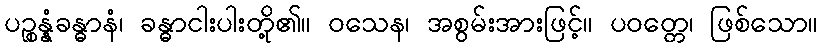
ပဉ္စန္နံခန္ဓာနံ၊ ခန္ဓာငါးပါးတို့၏။ ဝသေန၊ အစွမ်းအားဖြင့်။ ပဝတ္တေ၊ ဖြစ်သော။